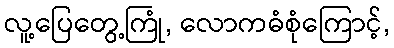
လူ့ပြေတွေ့ကြုံ, လောကဓံစုံကြောင့်,